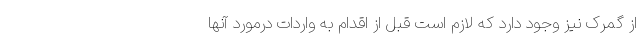
از گمرک نیز وجود دارد که لازم است قبل از اقدام به واردات درمورد آنها